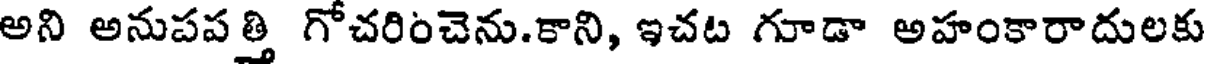
అని అనుపపత్తి గోచరించెను.కాని, ఇచట గూడా అహంకారాదులకు